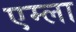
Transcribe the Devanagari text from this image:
एम्ला